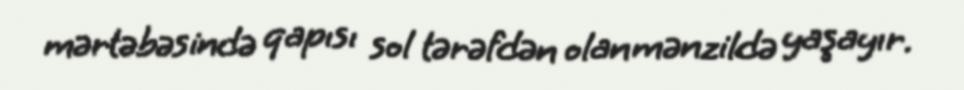
mərtəbəsində qapısı sol tərəfdən olan mənzildə yaşayır.